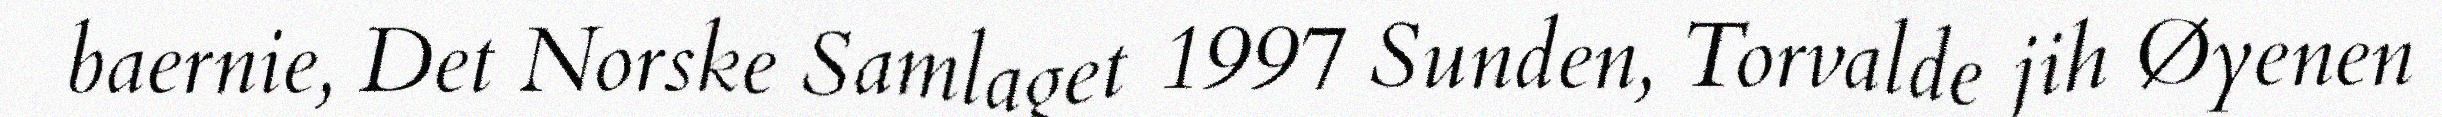
baernie, Det Norske Samlaget 1997 Sunden, Torvalde jih Øyenen